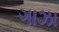
ગાઝા